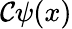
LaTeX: \mathcal{C}\psi(x)